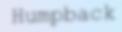
Humpback